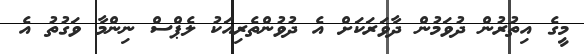
މީގެ އިތުރުން ދުވަމުން ދާވަރަކަށް އެ ދުވުންތެރިއަކު ލެޕްސް ނިންމާ ވަގުތު އެ